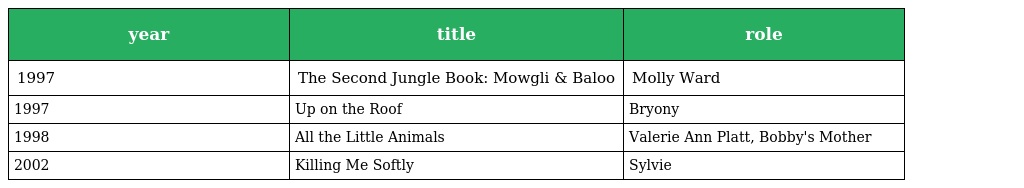
| year | title | role |
 | --- | --- | --- |
 | 1997 | The Second Jungle Book: Mowgli & Baloo | Molly Ward |
 | 1997 | Up on the Roof | Bryony |
 | 1998 | All the Little Animals | Valerie Ann Platt, Bobby's Mother |
 | 2002 | Killing Me Softly | Sylvie |